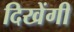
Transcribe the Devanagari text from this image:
दिखेंगी